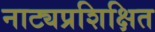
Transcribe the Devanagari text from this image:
नाट्यप्रशिक्षित